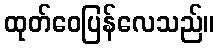
ထုတ်ဝေပြန်လေသည်။